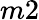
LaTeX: m2